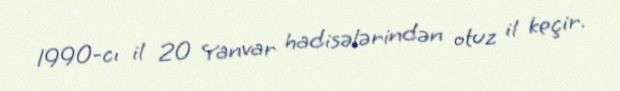
1990-cı il 20 Yanvar hadisələrindən otuz il keçir.